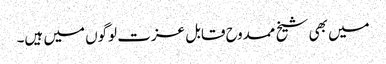
میں بھی شیخ ممدوح قابل عزت لوگوں میں ہیں۔